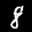
Label: 8